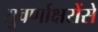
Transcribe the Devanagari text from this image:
सुवर्णाक्षरोंसे